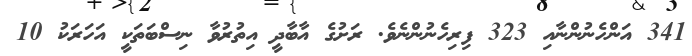
341 އަންހެނުންނާއި 323 ފިރިހެނުންނެވެ. ރަށުގެ އާބާދީ އިތުރުވާ ނިސްބަތަކީ އަހަރަކު 10